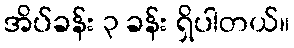
အိပ်ခန်း ၃ ခန်း ရှိပါတယ်။